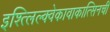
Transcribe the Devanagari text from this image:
इश्त्लिल्क्वेकावाकात्सिनची